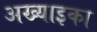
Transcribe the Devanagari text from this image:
अख्याइका